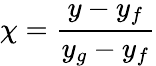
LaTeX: \chi={\frac{y-y_{f}}{y_{g}-y_{f}}}